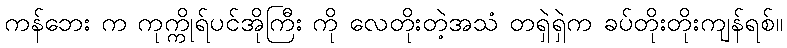
ကန်ဘေး က ကုက္ကိုရ်ပင်အိုကြီး ကို လေတိုးတဲ့အသံ တရှဲရှဲက ခပ်တိုးတိုးကျန်ရစ်။